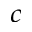
^ { c }